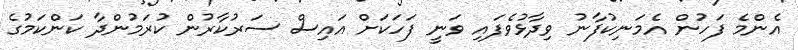
އެންމެ ފަހުން އެމަނިކުފާނު ވިދާޅުވެފައި ވަނީ ފަހަކަށް އައިސް ސަރުކާރުން ކުރަމުންދާ ކަންކަމުގެ